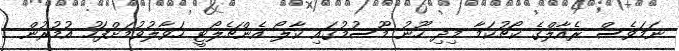
ނަމަވެސް ރެއާލްގެ ކޯޗުކަމާ މިދި ހޫނު މޫސުމުގައި ކާލޯ އެންޗެލޯޓީ ހަވާލުވުމަށްފަހު އުމުރުން